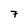
Character: 7